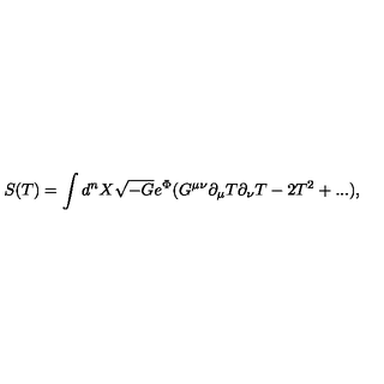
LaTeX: S ( T ) = \int d ^ { n } X \sqrt { - G } e ^ { \Phi } ( G ^ { \mu \nu } \partial _ { \mu } T \partial _ { \nu } T - 2 T ^ { 2 } + . . . ) ,